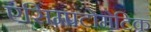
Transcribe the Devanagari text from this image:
एसिम्पटोमेटिक